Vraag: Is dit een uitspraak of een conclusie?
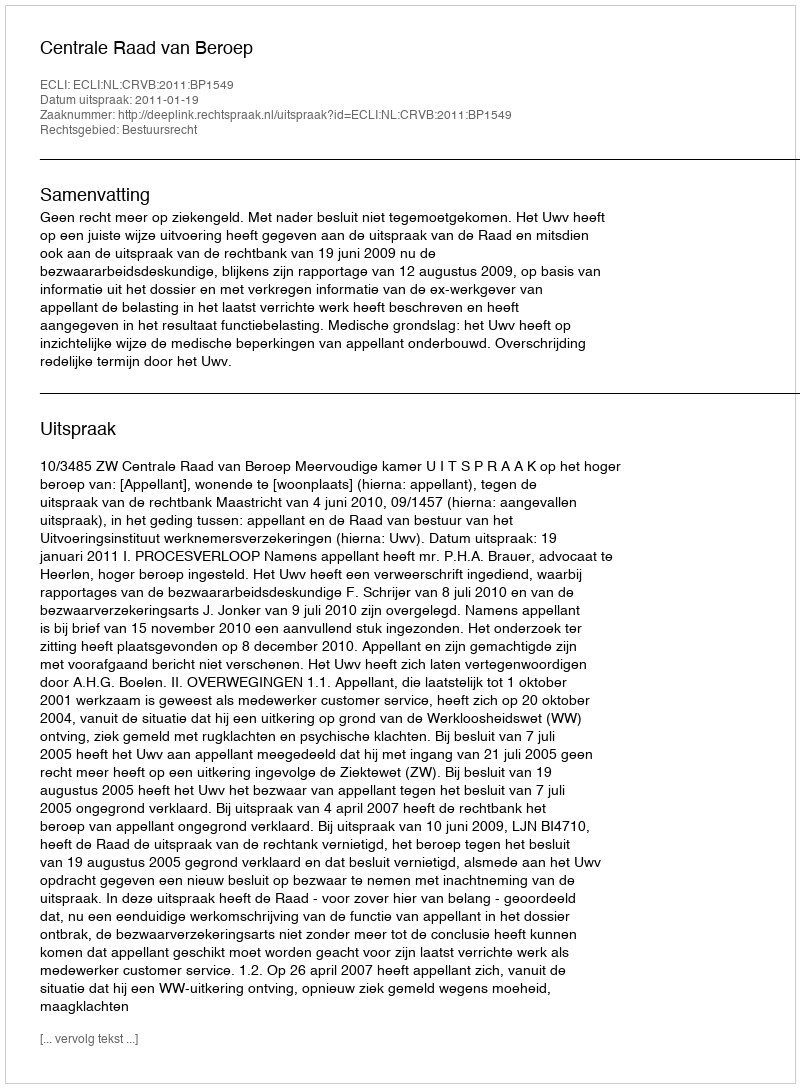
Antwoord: Uitspraak